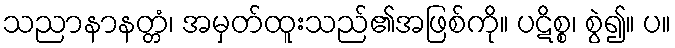
သညာနာနတ္တံ၊ အမှတ်ထူးသည်၏အဖြစ်ကို။ ပဋိစ္စ၊ စွဲ၍။ ပ။